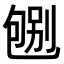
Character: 𠣶